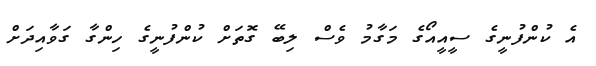
އެ ކުންފުނީގެ ސީއީއޯގެ މަގާމު ވެސް ލިބޭ ގޮތަށް ކުންފުނީގެ ހިންގާ ގަވާއިދަށް